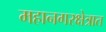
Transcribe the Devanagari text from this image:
महानगरक्षेत्रात